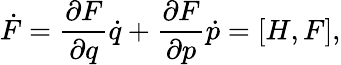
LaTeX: \dot{F}=\frac{\partial F}{\partial q}\dot{q}+\frac{\partial F}{\partial p}\dot{p}=[H,F],